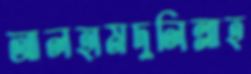
আলহামদুলিল্লাহ